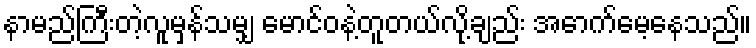
နာမည်ကြီးတဲ့လူမှန်သမျှ မောင်ဝနဲ့တူတယ်လို့ချည်း အောက်မေ့နေသည်။